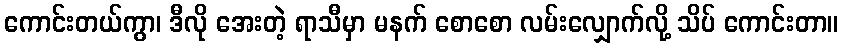
ကောင်းတယ်ကွာ၊ ဒီလို အေးတဲ့ ရာသီမှာ မနက် စောစော လမ်းလျှောက်လို့ သိပ် ကောင်းတာ။